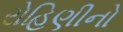
રોહિણીનો